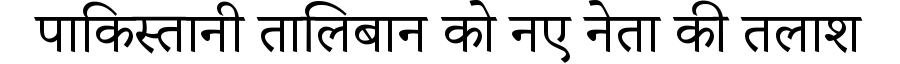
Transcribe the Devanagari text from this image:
पाकिस्तानी तालिबान को नए नेता की तलाश